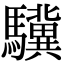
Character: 驥